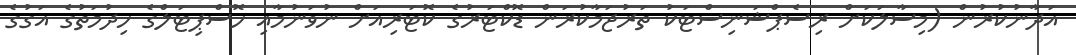
އަދާނުކުރުން (މިސާލަކަށް ރިސެޕްޝަނިސްޓަކު ތަރުޖަމާކުރަން ޑޮކްޓަރުގެ ކޮޓަރިއަށް ނުވަނުމާއި ހޮސްޕިޓަލްގެ ހިދުމަތުގެ އަގުގެ